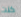
كنت